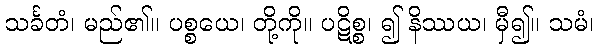
သင်္ခတံ၊ မည်၏။ ပစ္စယေ၊ တို့ကို။ ပဋိစ္စ၊ ၍ နိဿယ၊ မှီ၍။ သမံ၊